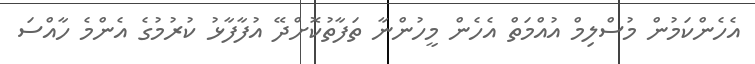
އެހެންކަމުން މުސްލިމް އުއްމަތް އެހެން މީހުންނާ ތަފާތުކޮށްދޭ އުފާފާޅު ކުރުމުގެ އެންމެ ހާއްސަ